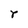
Character: r